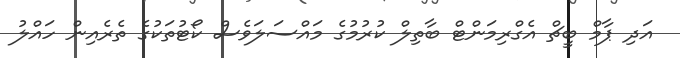
އަދި ޕާމް ބީޗް އެގްރިމަންޓް ބާތިލް ކުރުމުގެ މައްސަލަވެސް ކޯޓުތަކުގެ ތެރެއިން ހައްލު